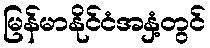
မြန်မာနိုင်ငံအနှံ့တွင်